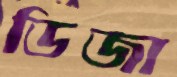
ডিজা